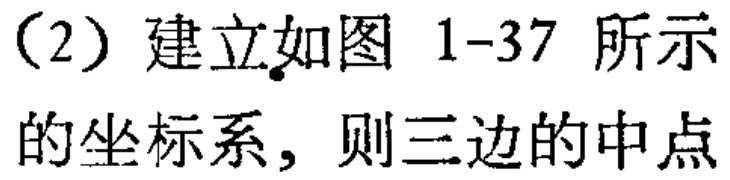
（2）建立如图 1-37 所示的坐标系，则三边的中点